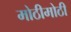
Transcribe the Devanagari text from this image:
मोठीमोठी